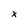
Character: x